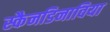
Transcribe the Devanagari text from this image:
स्कैनडिनाविया